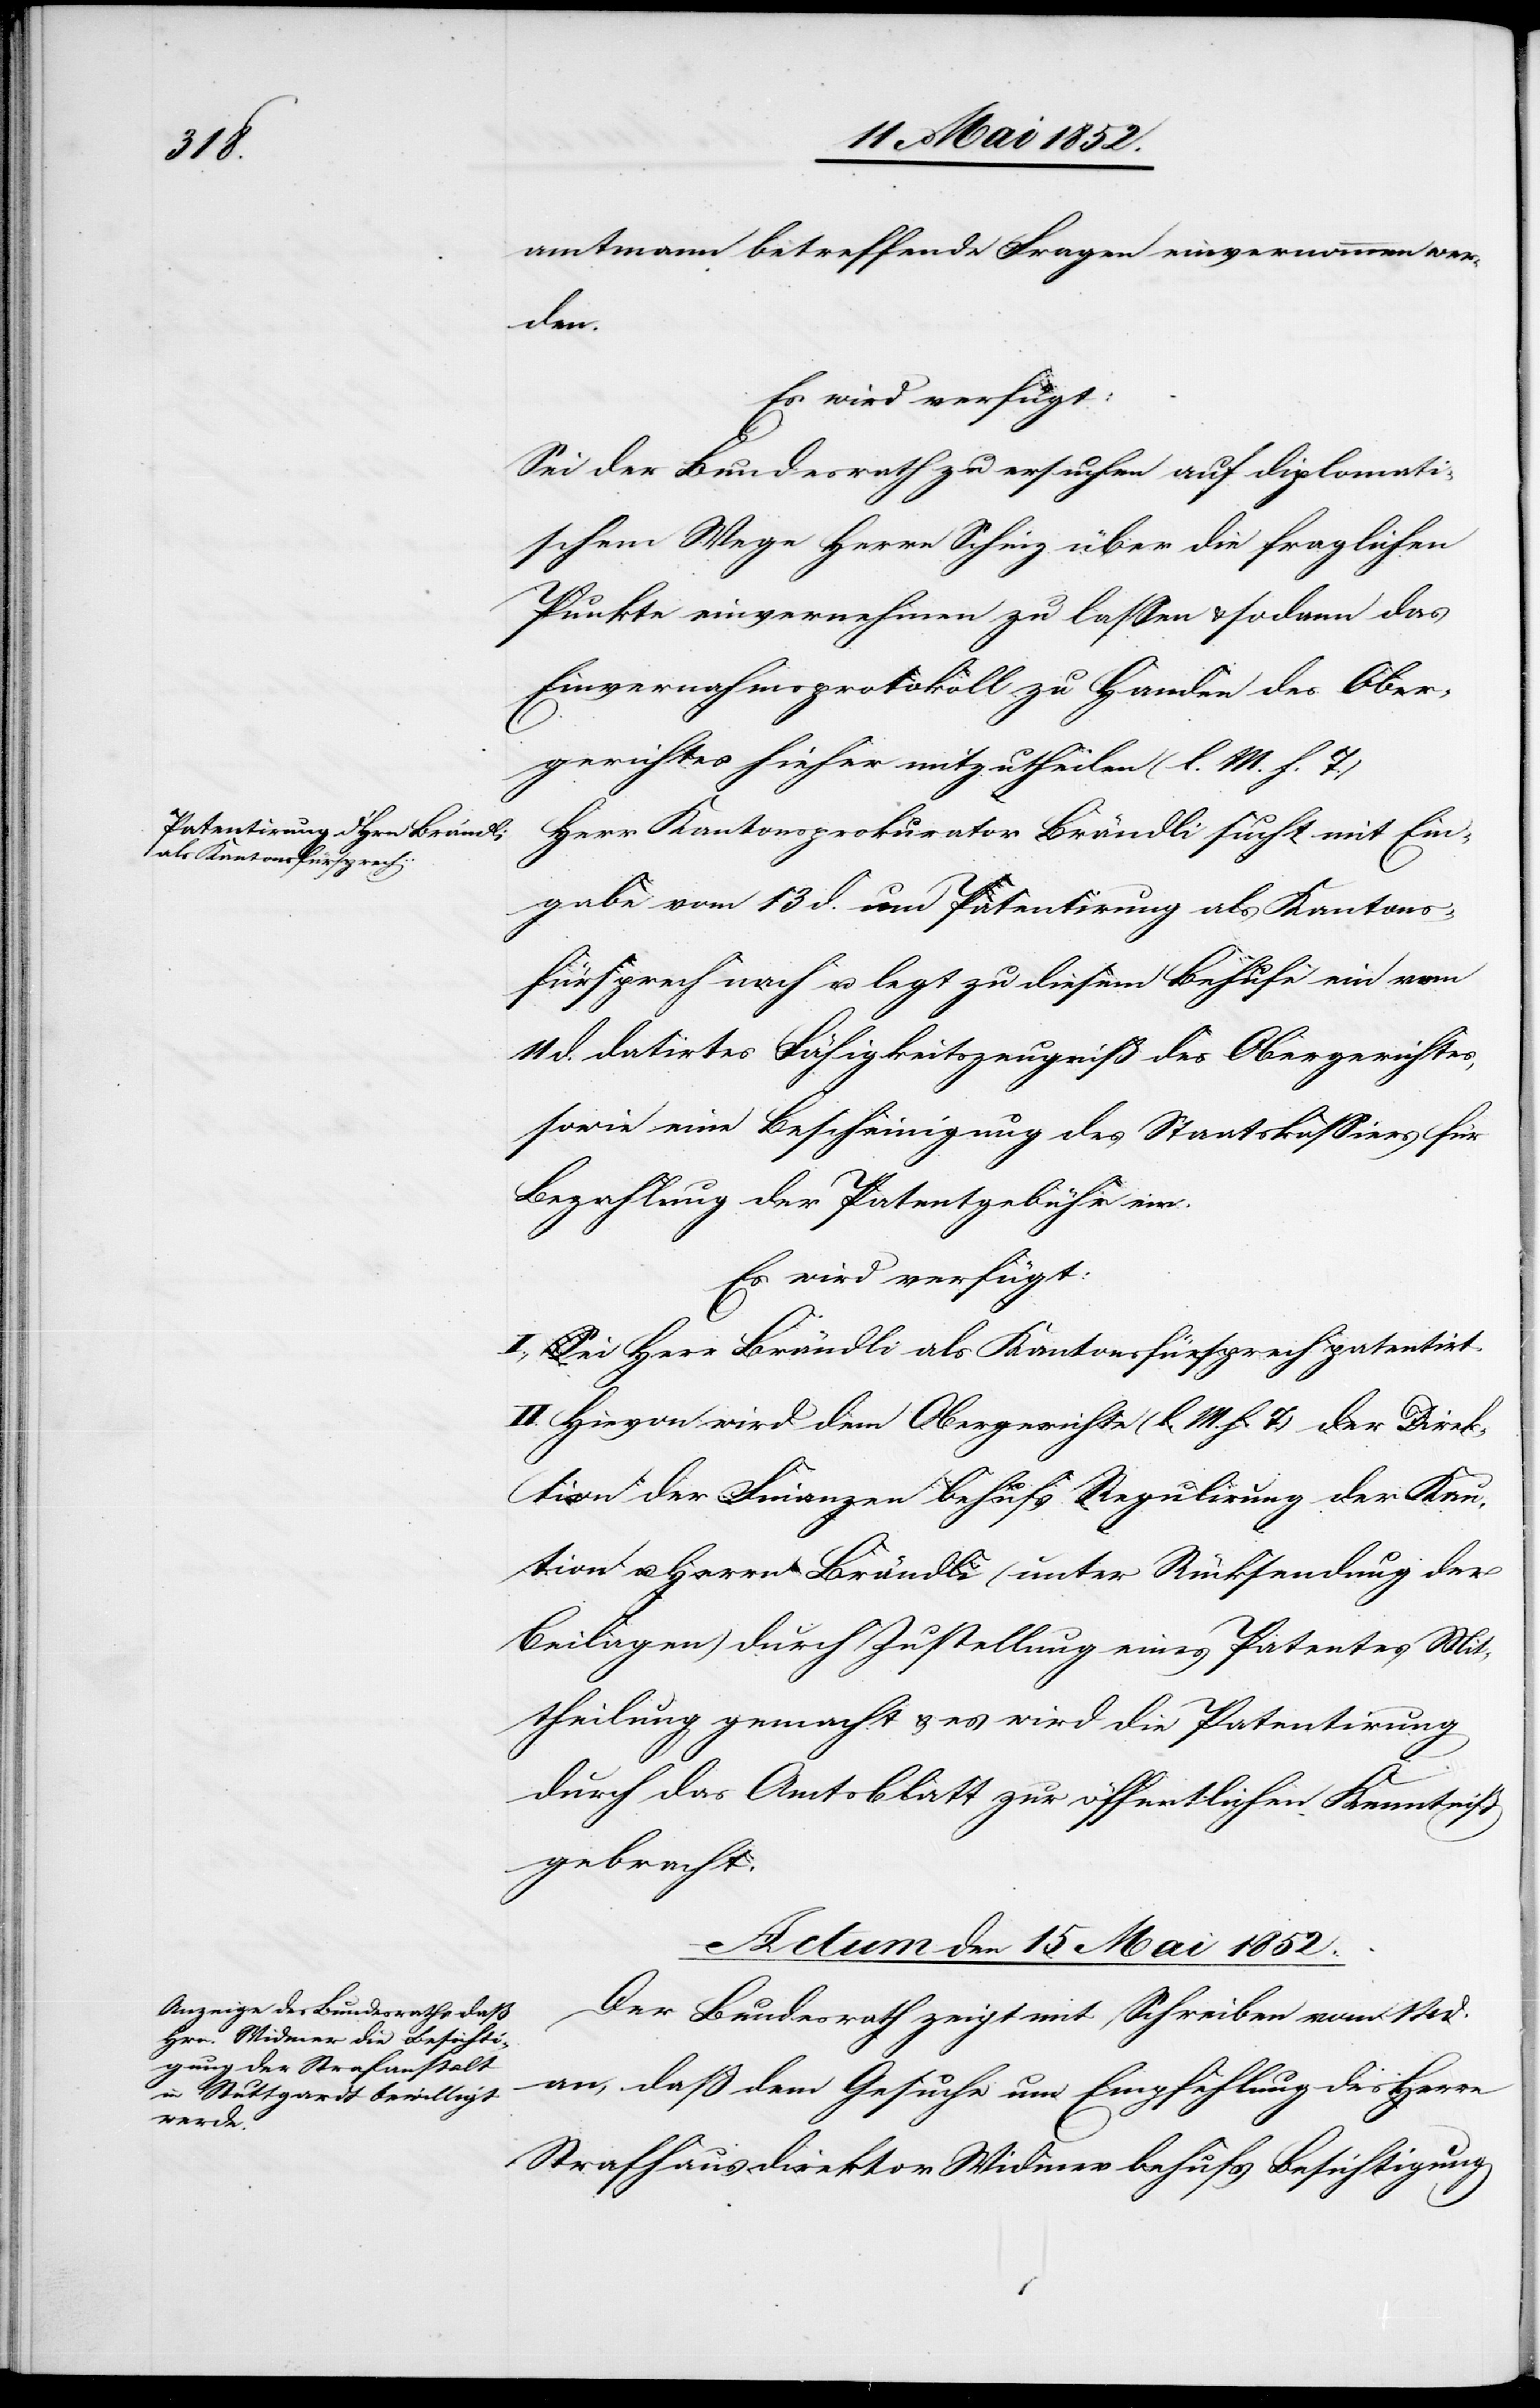
amtmann betreffende Fragen einvernommen wer¬
den.
Es wird verfügt:
Sei der Bundesrath zu ersuchen auf diplomati¬
schem Wege Herrn Schinz über die fraglichen
Punkte einvernehmen zu lassen & sodann das
Einvernahmsprotokoll zu Handen des Ober¬
gerichtes hieher mitzutheilen (l. M. h. T.)
Herr Kantonsprokurator Brändli sucht mit Ein¬
gabe vom 13 d. um Patentirung als Kantons¬
fürsprech nach u. legt zu diesem Behufe ein vom
d. datirtes Fähigkeitszeugniß des Obergerichtes,
sowie eine Bescheinigung des Staatskassiers für
Bezahlung der Patentgebühr ein.
Es wird verfügt:
I., Sei Herr Brändli als Kantonsfürsprech patentirt.
II. Hievon wird dem Obergerichte (l. M. h. T.) der Direk¬
tion der Finanzen behufs Regulirung der Kau¬
tion u. Herrn Brändli (unter Rücksendung der
Beilagen) durch Zustellung eines Patentes Mit¬
theilung gemacht & es wird die Patentirung
durch das Amtsblatt zur öffentlichen Kenntniss
gebracht.
Actum den 15 Mai 1852.
Der Bundesrath zeigt mit Schreiben vom 14 d.
an, daß dem Gesuche um Empfehlung des Herrn
Strafhausdirektor Widmer behufs Besichtigung